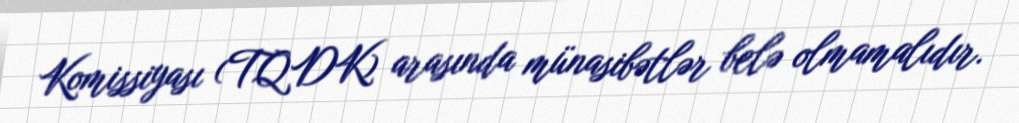
Komissiyası (TQDK) arasında münasibətlər belə olmamalıdır.